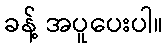
ခန့် အပူပေးပါ။